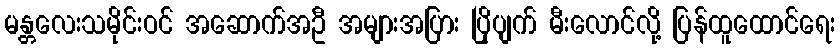
မန္တလေးသမိုင်းဝင် အဆောက်အဦ အများအပြား ပြိုပျက် မီးလောင်လို့ ပြန်ထူထောင်ရေး